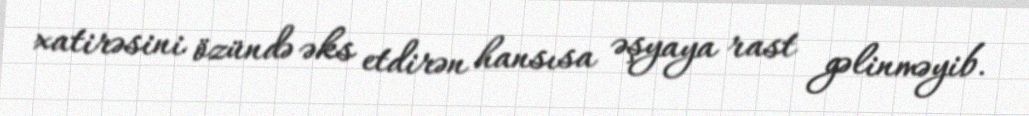
xatirəsini özündə əks etdirən hansısa əşyaya rast gəlinməyib.